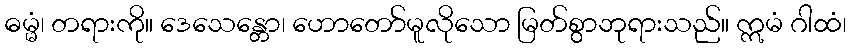
ဓမ္မံ၊ တရားကို။ ဒေသေန္တော၊ ဟောတော်မူလိုသော မြတ်စွာဘုရားသည်။ ဣမံ ဂါထံ၊